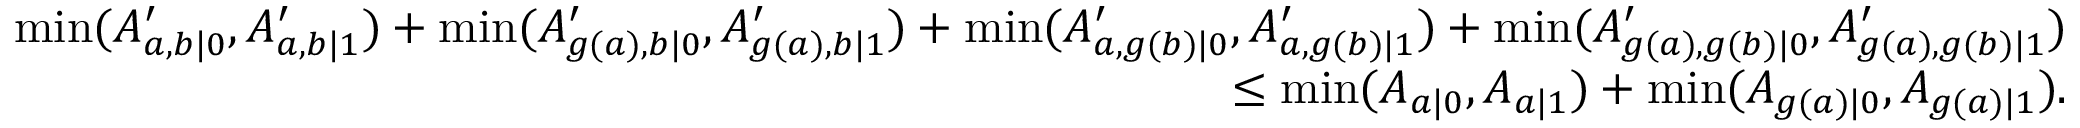
\begin{array} { r } { \operatorname* { m i n } ( A _ { a , b \vert 0 } ^ { \prime } , A _ { a , b \vert 1 } ^ { \prime } ) + \operatorname* { m i n } ( A _ { g ( a ) , b \vert 0 } ^ { \prime } , A _ { g ( a ) , b \vert 1 } ^ { \prime } ) + \operatorname* { m i n } ( A _ { a , g ( b ) \vert 0 } ^ { \prime } , A _ { a , g ( b ) \vert 1 } ^ { \prime } ) + \operatorname* { m i n } ( A _ { g ( a ) , g ( b ) \vert 0 } ^ { \prime } , A _ { g ( a ) , g ( b ) \vert 1 } ^ { \prime } ) } \\ { \leq \operatorname* { m i n } ( A _ { a \vert 0 } , A _ { a \vert 1 } ) + \operatorname* { m i n } ( A _ { g ( a ) \vert 0 } , A _ { g ( a ) \vert 1 } ) . } \end{array}